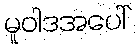
မူဝါဒအပေါ်